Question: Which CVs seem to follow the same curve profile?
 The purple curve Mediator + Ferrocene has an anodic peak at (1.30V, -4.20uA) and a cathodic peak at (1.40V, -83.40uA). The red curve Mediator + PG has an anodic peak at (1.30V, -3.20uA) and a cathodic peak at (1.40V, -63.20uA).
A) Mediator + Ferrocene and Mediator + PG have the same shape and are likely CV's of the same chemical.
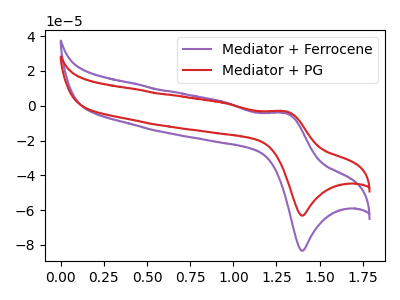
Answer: <think>All the peaks in "Mediator + Ferrocene" have a peak in "Mediator + PG" at the same potential.
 </think>
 <answer>A) "Mediator + Ferrocene" and "Mediator + PG" have the same shape and are likely CV's of the same chemical.</answer>
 <eval>A</eval>